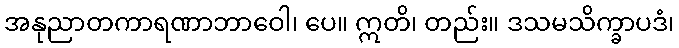
အနုညာတကာရဏာဘာဝေါ၊ ပေ။ ဣတိ၊ တည်း။ ဒသမသိက္ခာပဒံ၊